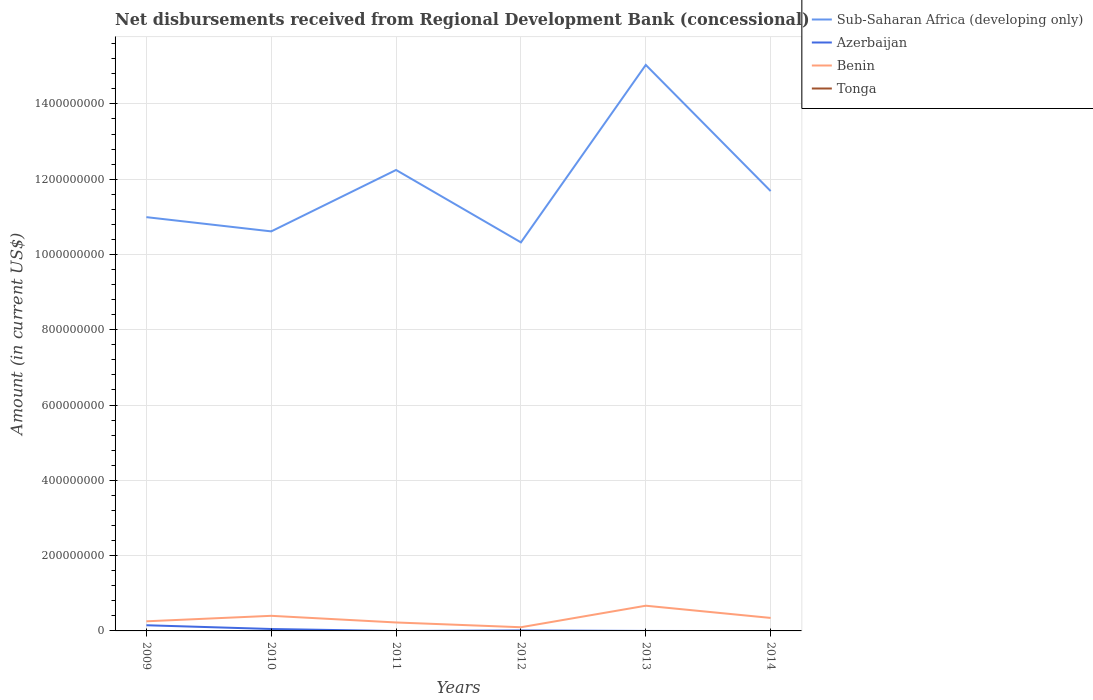
| Years | Sub-Saharan Africa (developing only) | Azerbaijan | Benin | Tonga |
 | --- | --- | --- | --- | --- |
 | 2009 | 1.1e+09 | 1.51e+07 | 2.55e+07 | -1.17e+06 |
 | 2010 | 1.06e+09 | 5.08e+06 | 4.01e+07 | -1.54e+06 |
 | 2011 | 1.22e+09 | -3.04e+05 | 2.25e+07 | -2.16e+06 |
 | 2012 | 1.03e+09 | 1.3e+06 | 9.79e+06 | -2.1e+06 |
 | 2013 | 1.5e+09 | -2.6e+04 | 6.69e+07 | -2.09e+06 |
 | 2014 | 1.17e+09 | -4.5e+05 | 3.45e+07 | -2.16e+06 |